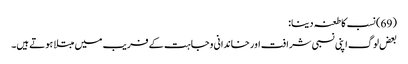
(69) نسب کا طعنہ دینا:
بعض لوگ اپنی نسبی شرافت اور خاندانی وجاہت کے فریب میں مبتلا ہوتے ہیں۔